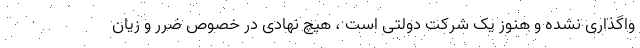
واگذاری نشده و هنوز یک شرکت دولتی است ، هیچ نهادی در خصوص ضرر و زیان